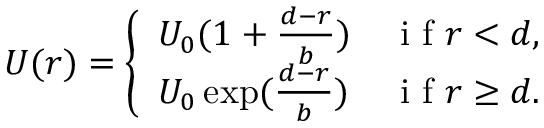
U ( r ) = \left\{ \begin{array} { l l } { U _ { 0 } ( 1 + \frac { d - r } { b } ) } & { \mathrm { ~ i ~ f ~ } r < d , } \\ { U _ { 0 } \exp ( \frac { d - r } { b } ) } & { \mathrm { ~ i ~ f ~ } r \ge d . } \end{array} \right.